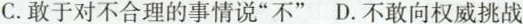
C.敢于对不合理的事情说”不” D.不敢向权威挑战